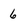
Character: 6